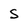
Character: S